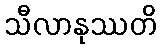
သီလာနုဿတိ